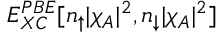
E _ { X C } ^ { P B E } [ n _ { \uparrow } | \chi _ { A } | ^ { 2 } , n _ { \downarrow } | \chi _ { A } | ^ { 2 } ]